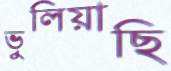
ভুলিয়াছি